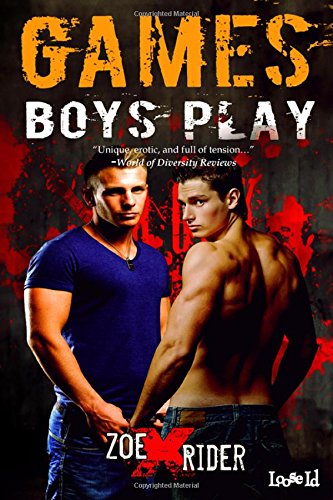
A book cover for Games Boys Play; Zoe X. Rider; Romance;